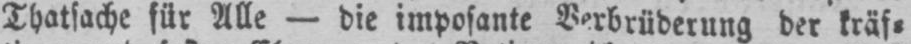
Thatsache für Alle - die imposante Verbrüderung der kräf⸗